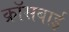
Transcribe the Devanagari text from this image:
क्रॉसबाई